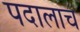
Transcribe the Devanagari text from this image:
पदालाच